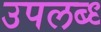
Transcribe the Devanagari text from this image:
उपलब्ध्‍